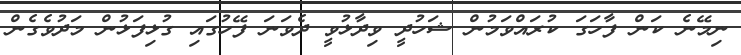
ނިމޭނެ ކަން ފާހަގަ ކުރައްވަމުން ޝަހުދީ ވިދާޅުވީ ދެވަނަ ފޭހުގައި ގުޅިފަޅުން މަދުވެގެން